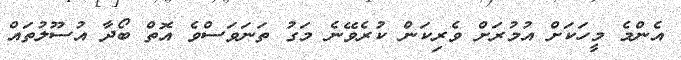
އެންމެ މީހަކަށް އުމުރަށް ވެރިކަން ކުރެވޭނެ މަގު ތަނަވަސްވެ އޮތް ބޯދާ އުސޫލުތައް